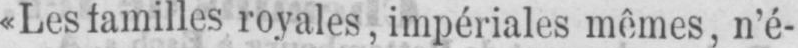
«Les familles royales, impériales mêmes, n’é-